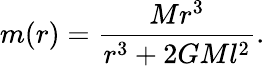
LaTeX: m(r)=\frac{Mr^{3}}{r^{3}+2GMl^{2}}.